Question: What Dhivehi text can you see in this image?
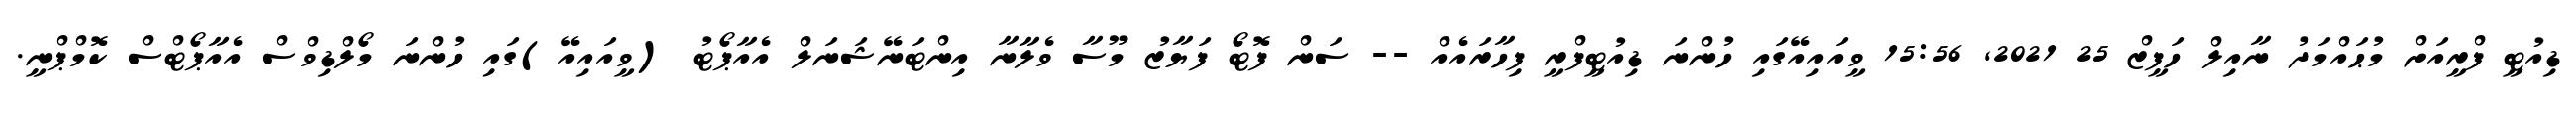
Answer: ޑިއުޓީ ފްރީއަށް މުޙައްމަދު ނާއިލް ހަފީޒް 25 2021, 15:56 ވީއައިއޭގައި ހުންނަ ޑިއުޓީފްރީ ފިހާރައެއް -- ސަން ފޮޓޯ ފަޔާޒު މޫސާ ވެލާނާ އިންޓަނޭޝަނަލް އެއާޕޯޓު (ވީއައިއޭ)ގައި ހުންނަ މޯލްޑިވްސް އެއާޕޯޓްސް ކޮމްޕްނީ.